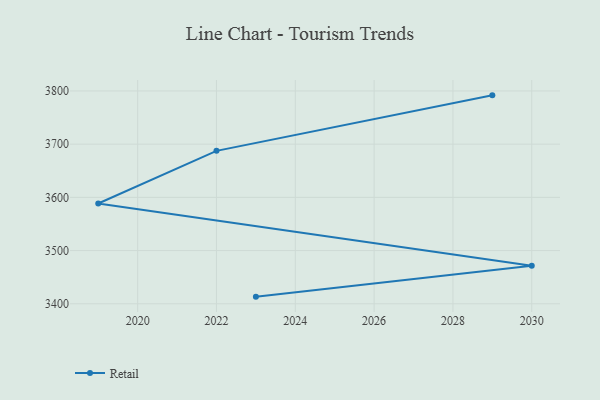
{"axis": {"x": "Year", "y": "Gross Profit (USD K)"}, "legend": ["Retail"], "data": [{"x": "2023", "y": 3413.4, "type": "Retail"}, {"x": "2030", "y": 3471.5, "type": "Retail"}, {"x": "2019", "y": 3588.5, "type": "Retail"}, {"x": "2022", "y": 3687.4, "type": "Retail"}, {"x": "2029", "y": 3791.7, "type": "Retail"}]}